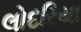
લોદરિયા